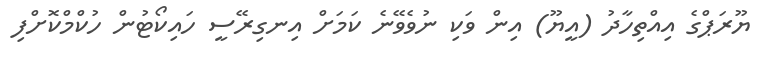
ޔޫރަޕްގެ އިއްތިހާދު (އީޔޫ) އިން ވަކި ނުވެވޭނެ ކަމަށް އިނގިރޭސީ ހައިކޯޓުން ހުކްމްކޮށްފި